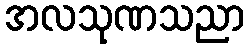
အလသုဏသညာ